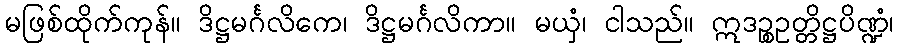
မဖြစ်ထိုက်ကုန်။ ဒိဋ္ဌမင်္ဂလိကေ၊ ဒိဋ္ဌမင်္ဂလိကာ။ မယှံ၊ ငါသည်။ ဣဒဉ္စဥတ္တိဋ္ဌပိဏ္ဍံ၊